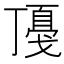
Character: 𢧻